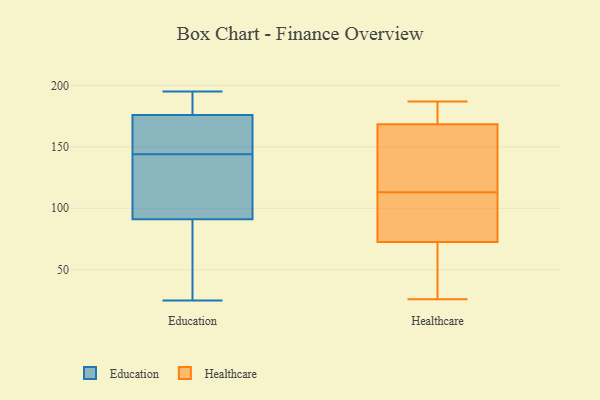
{"axis": {"x": "Bounce Rate (%)", "y": "Value"}, "legend": ["Education", "Healthcare"], "data": [{"x": "", "y": 151, "type": "Education"}, {"x": "", "y": 137, "type": "Education"}, {"x": "", "y": 176, "type": "Education"}, {"x": "", "y": 85, "type": "Education"}, {"x": "", "y": 192, "type": "Education"}, {"x": "", "y": 186, "type": "Education"}, {"x": "", "y": 161, "type": "Education"}, {"x": "", "y": 69, "type": "Education"}, {"x": "", "y": 192, "type": "Education"}, {"x": "", "y": 157, "type": "Education"}, {"x": "", "y": 130, "type": "Education"}, {"x": "", "y": 195, "type": "Education"}, {"x": "", "y": 121, "type": "Education"}, {"x": "", "y": 99, "type": "Education"}, {"x": "", "y": 163, "type": "Education"}, {"x": "", "y": 91, "type": "Education"}, {"x": "", "y": 43, "type": "Education"}, {"x": "", "y": 25, "type": "Education"}, {"x": "", "y": 137, "type": "Healthcare"}, {"x": "", "y": 187, "type": "Healthcare"}, {"x": "", "y": 93, "type": "Healthcare"}, {"x": "", "y": 71, "type": "Healthcare"}, {"x": "", "y": 26, "type": "Healthcare"}, {"x": "", "y": 46, "type": "Healthcare"}, {"x": "", "y": 186, "type": "Healthcare"}, {"x": "", "y": 114, "type": "Healthcare"}, {"x": "", "y": 77, "type": "Healthcare"}, {"x": "", "y": 113, "type": "Healthcare"}, {"x": "", "y": 179, "type": "Healthcare"}]}